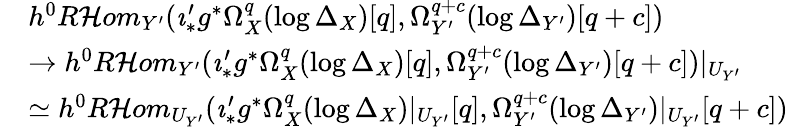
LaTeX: \begin{array}{rl}&{h^{0}R\mathcal{H}om_{Y^{\prime}}(\imath_{*}^{\prime}g^{*}\Omega_{X}^{q}(\log\Delta_{X})[q],\Omega_{Y^{\prime}}^{q+c}(\log\Delta_{Y^{\prime}})[q+c])}\\ &{\to h^{0}R\mathcal{H}om_{Y^{\prime}}(\imath_{*}^{\prime}g^{*}\Omega_{X}^{q}(\log\Delta_{X})[q],\Omega_{Y^{\prime}}^{q+c}(\log\Delta_{Y^{\prime}})[q+c])|_{U_{Y^{\prime}}}}\\ &{\simeq h^{0}R\mathcal{H}om_{U_{Y^{\prime}}}(\imath_{*}^{\prime}g^{*}\Omega_{X}^{q}(\log\Delta_{X})|_{U_{Y^{\prime}}}[q],\Omega_{Y^{\prime}}^{q+c}(\log\Delta_{Y^{\prime}})|_{U_{Y^{\prime}}}[q+c])}\end{array}